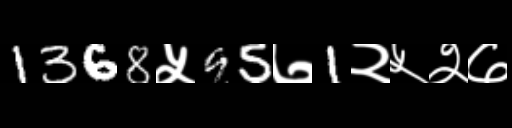
Text: 1368५95७1२५२७